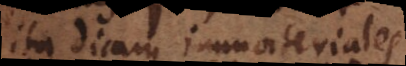
ita dicam immateriales